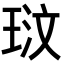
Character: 𭹓